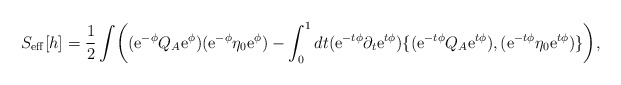
\begin{align*}S_{\rm eff}[h]= {1 \over 2} \int \biggl( ({\rm e}^{-\phi} Q_A {\rm e}^{\phi})({\rm e}^{-\phi} \eta_0 {\rm e}^{\phi})-\int_0^1 dt ({\rm e}^{-t\phi} \partial_t {\rm e}^{t\phi})\{ ({\rm e}^{-t\phi} Q_A {\rm e}^{t\phi}),({\rm e}^{-t\phi} \eta_0 {\rm e}^{t\phi}) \} \biggr),\end{align*}